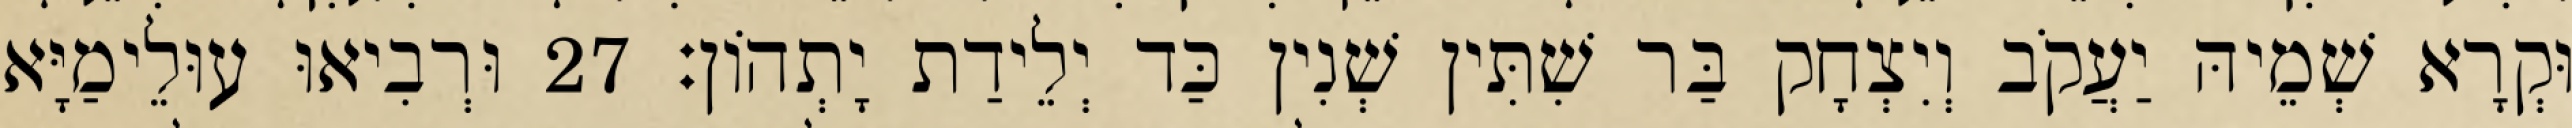
וּקְרָא שְׁמֵיהּ יַעֲקֹב וְיִצְחָק בַּר שִׁתִּין שְׁנִין כַּד יְלֵידַת יָתְהוֹן׃ 27 וּרְבִיאוּ עוּלֵימַיָּא